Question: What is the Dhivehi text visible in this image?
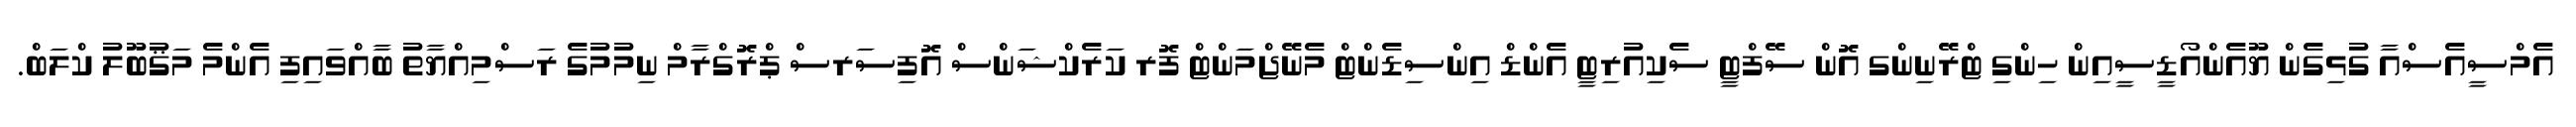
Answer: އެމްސީއެސްއާ ގުޅިގެން ޔޫއެންއޯޑީސީއިން ހިންގި ޓްރޭނިންގ އޮން ސޭފްޓީ ސެކިއުރިޓީ އެންޑް އިންސިޑެންޓް މެނޭޖްމަންޓް ފޮރ ކަރެކްޝަންސް އޮފިސަރސް ޕްރޮގްރާމް ނިމުމުގެ ރަސްމިއްޔާތު ބާއްވައިފި އެންމެ މަޤުބޫލު ކްލަބް.